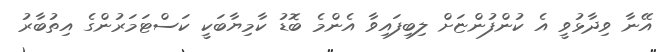
އޭނާ ވިދާޅުވީ އެ ކުންފުންޏަށް ލިބިފައިވާ އެންމެ ބޮޑު ކާމިޔާބަކީ ކަސްޓަމަރުންގެ އިތުބާރު